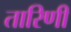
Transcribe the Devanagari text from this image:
तारिणीं